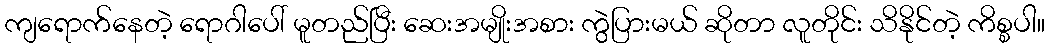
ကျရောက်နေတဲ့ ရောဂါပေါ် မူတည်ပြီး ဆေးအမျိုးအစား ကွဲပြားမယ် ဆိုတာ လူတိုင်း သိနိုင်တဲ့ ကိစ္စပါ။